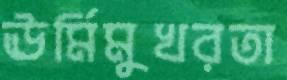
ঊর্মিমুখরতা